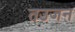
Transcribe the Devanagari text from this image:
तउजन